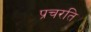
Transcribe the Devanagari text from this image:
प्रचरति